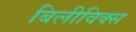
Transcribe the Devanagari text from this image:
बिलीविक्स